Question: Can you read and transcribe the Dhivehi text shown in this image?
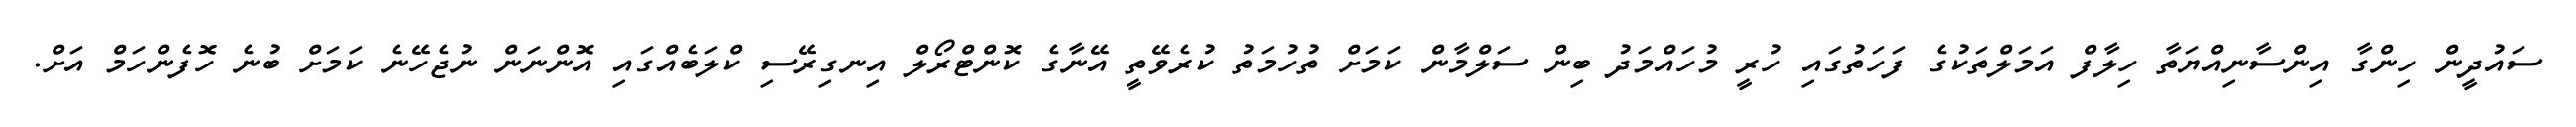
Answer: ސައުދީން ހިންގާ އިންސާނިއްޔަތާ ހިލާފް އަމަލްތަކުގެ ފަހަތުގައި ހުރީ މުހައްމަދު ބިން ސަލްމާން ކަމަށް ތުހުމަތު ކުރެވޭތީ އޭނާގެ ކޮންޓްރޯލް އިނގިރޭސި ކްލަބެއްގައި އޮންނަން ނުޖެހޭނެ ކަމަށް ބުނެ ހޮފެންހަމް އަށް.